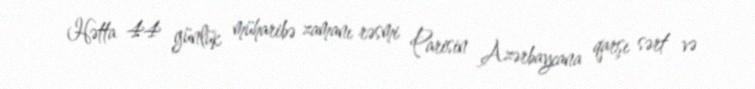
Hətta 44 günlük müharibə zamanı rəsmi Parisin Azərbaycana qarşı sərt və